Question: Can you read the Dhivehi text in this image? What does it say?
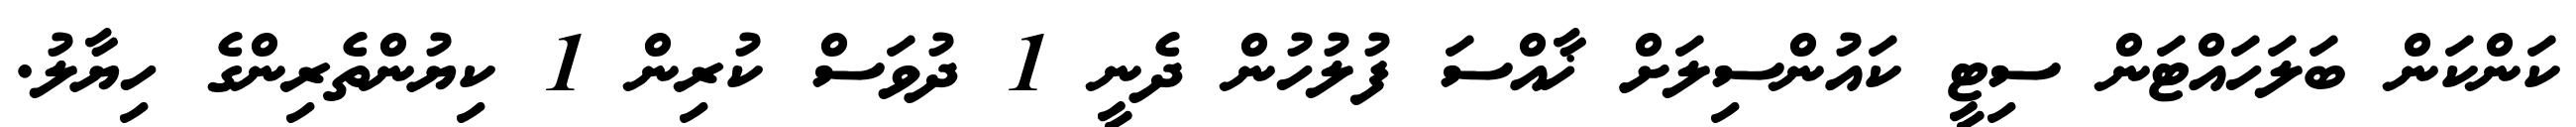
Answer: ކަންކަން ބަލަހައްޓަން ސިޓީ ކައުންސިލަށް ޚާއްސަ ފުލުހުން ދެނީ 1 ދުވަސް ކުރިން 1 ކިޔުންތެރިންގެ ހިޔާލު.